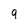
Character: 9